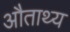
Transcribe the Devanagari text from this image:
औताथ्य